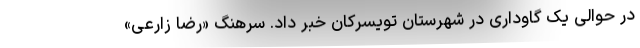
در حوالی یک گاوداری در شهرستان تویسرکان خبر داد. سرهنگ «رضا زارعی»